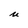
Character: u